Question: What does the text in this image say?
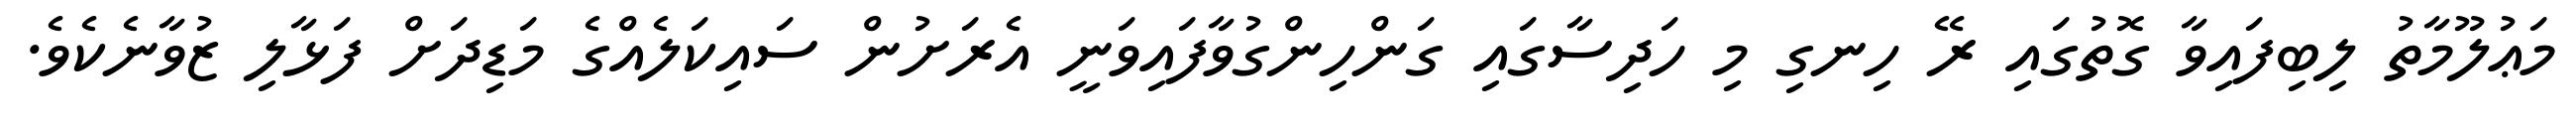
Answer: މަޢުލޫމާތު ލިބިފައިވާ ގޮތުގައި ރޭ ހިނގި މި ހަދިސާގައި ގަންހިންގުވާފައިވަނީ އެރަށުން ސައިކަލެއްގެ މަޑިދަށް ފަޅާލި ޒުވާނެކެވެ.